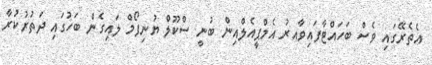
އެތެރޭގައި ވެސް ބަހައްޓާފައިވާއރު އެމްޕީއެލްއިން ބުނީ ސްކޫލް ޔުނިފޯމް ލައިގެން ބަހުގައި ދަތުރުކުރާ